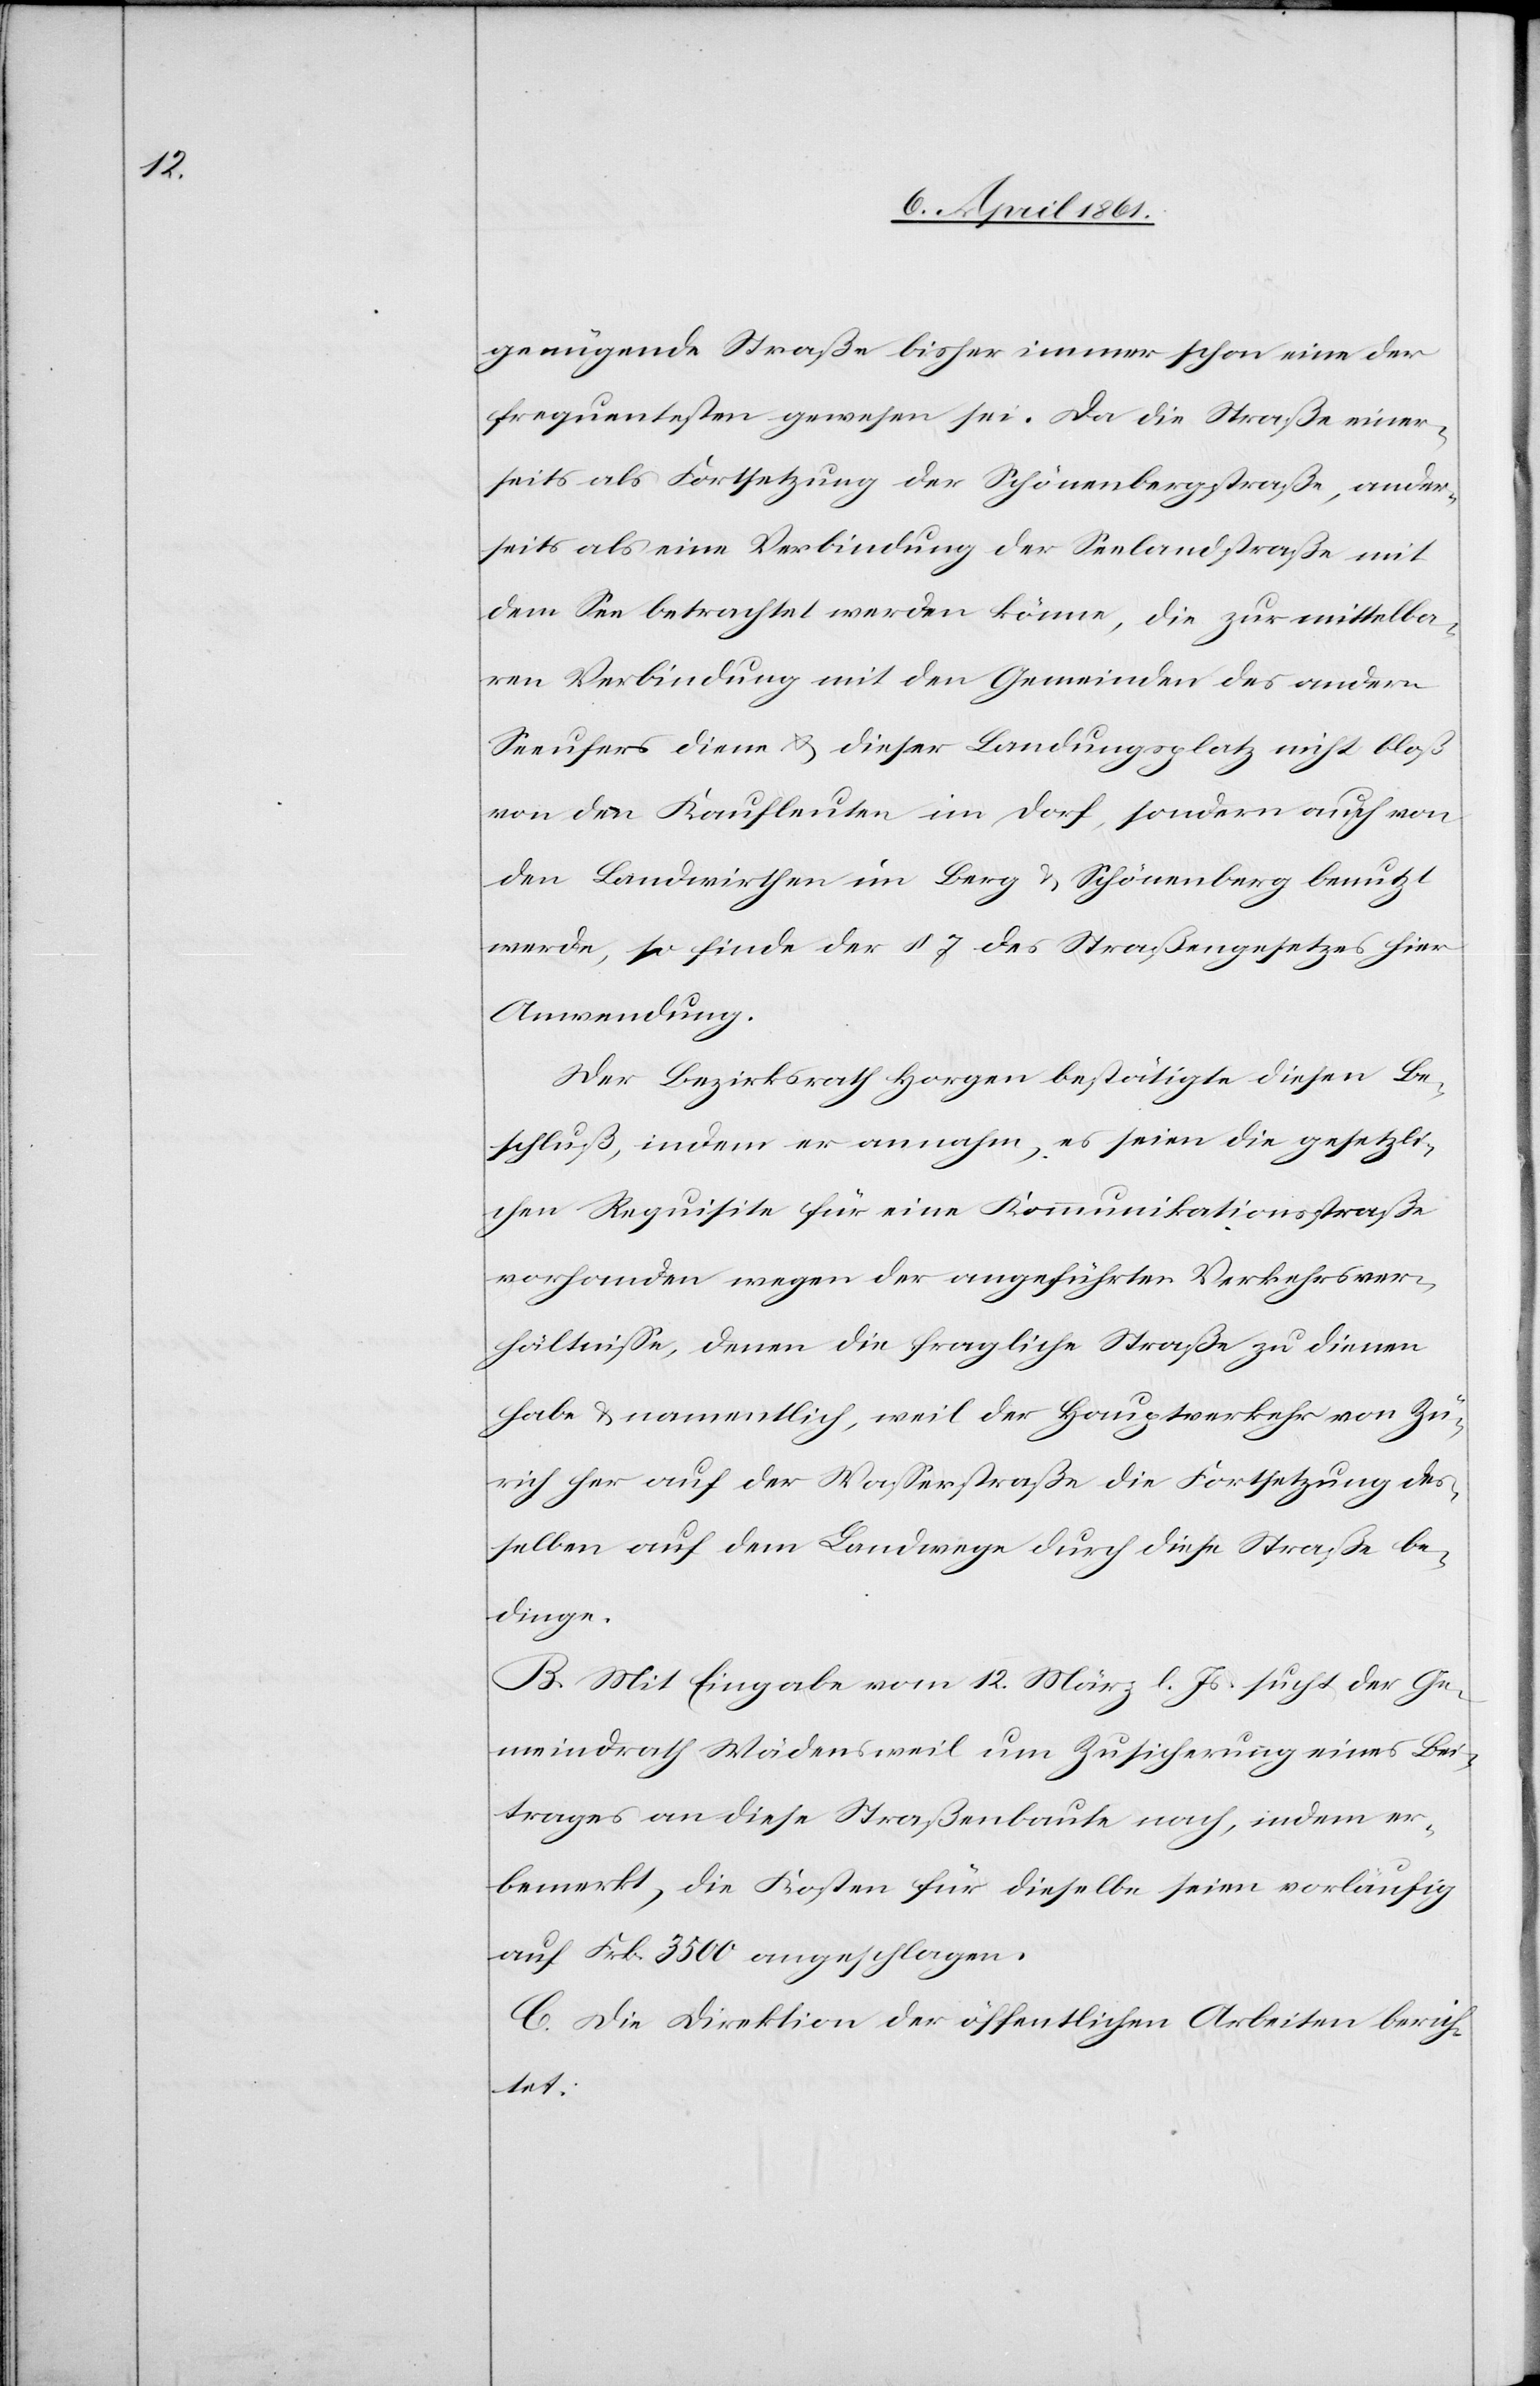
genügende Straße bisher immer schon eine der
frequentesten gewesen sei. Da die Straße einer¬
seits als Fortsetzung der Schönenbergstraße, ander¬
seits als eine Verbindung der Seelandstraße mit
dem See betrachtet werden könne, die zur mittelba¬
ren Verbindung mit den Gemeinden des andern
Seeufers diene u. dieser Landungsplatz nicht bloß
von den Kaufleuten im Dorf, sondern auch von
den Landwirthen im Berg u. Schönenberg benutzt
werde, so finde der § 7 des Straßengesetzes hier
Anwendung.
Der Bezirksrath Horgen bestätigte diesen Be¬
schluß, indem er annahm, es seien die gesetzli¬
chen Requisite für eine Kommunikationsstraße
vorhanden wegen der angeführten Verkehrsver¬
hältnisse, denen die fragliche Straße zu dienen
habe u. namentlich, weil der Hauptverkehr von Zü¬
rich her auf der Wasserstraße die Fortsetzung des¬
selben auf dem Landwege durch diese Straße be¬
dinge.
B. Mit Eingabe vom 12. März l. Js. sucht der Ge¬
meindrath Wädensweil um Zusicherung eines Bei¬
trages an diese Straßenbaute nach, indem er
bemerkt, die Kosten für dieselbe seien vorläufig
auf Frk. 3500 angeschlagen.
C. Die Direktion der öffentlichen Arbeiten berich¬
tet: